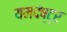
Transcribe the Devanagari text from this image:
यमदंष्ट्र